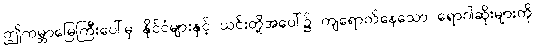
ဤကမ္ဘာမြေကြီးပေါ်မှ နိုင်ငံများနှင့် ယင်းတို့အပေါ်၌ ကျရောက်နေသော ရောဂါဆိုးများကို